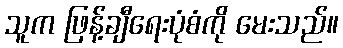
သူက ဖြန့်ချီရေးပုံစံကို မေးသည်။